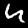
Label: 4